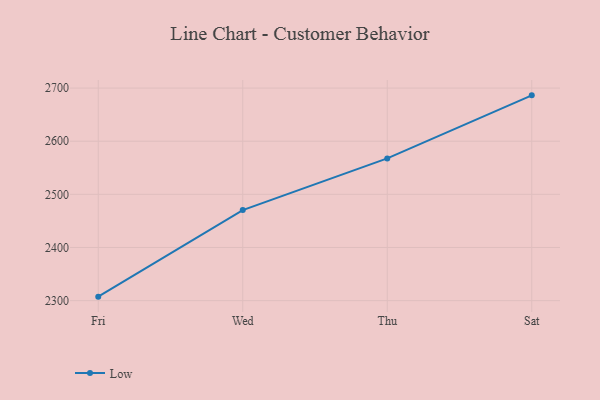
{"axis": {"x": "Day", "y": "Latency (ms)"}, "legend": ["Low"], "data": [{"x": "Fri", "y": 2307.5, "type": "Low"}, {"x": "Wed", "y": 2470.4, "type": "Low"}, {"x": "Thu", "y": 2567.6, "type": "Low"}, {"x": "Sat", "y": 2686.3, "type": "Low"}]}